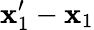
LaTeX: \mathbf{x}_{1}^{\prime}-\mathbf{x}_{1}